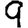
Digit: 9